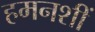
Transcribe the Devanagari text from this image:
हमनशीं